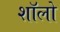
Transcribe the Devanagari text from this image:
शॉलो